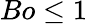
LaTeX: Bo\leq 1